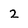
Character: 2